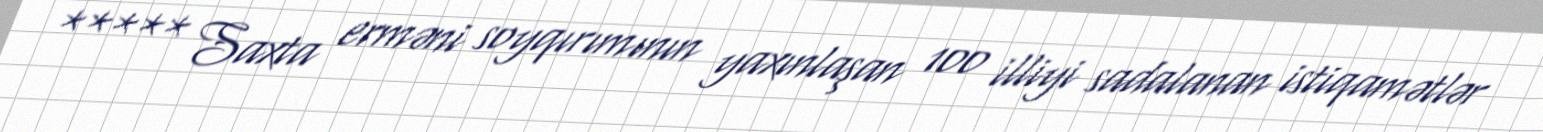
***** Saxta erməni soyqırımının yaxınlaşan 100 illiyi sadalanan istiqamətlər